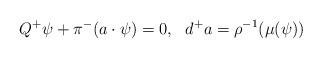
LaTeX: \begin{align*}Q^+\psi + \pi^-(a\cdot \psi) = 0, \, \, \, \, d^+ a = \rho^{-1}(\mu(\psi))\end{align*}